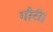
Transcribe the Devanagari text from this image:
गौरी।